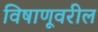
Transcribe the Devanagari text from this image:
विषाणूवरील